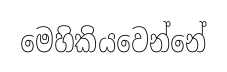
මෙහිකියවෙන්නේ